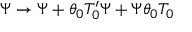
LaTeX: \Psi \rightarrow \Psi + \theta _ { 0 } T _ { 0 } ^ { \prime } \Psi + \Psi \theta _ { 0 } T _ { 0 }